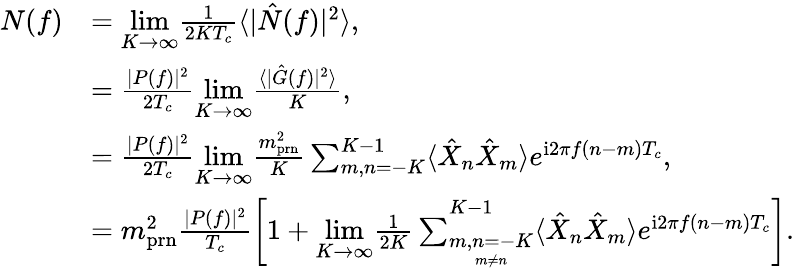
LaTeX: \begin{array}{rl}{N(f)}&{=\underset{K\rightarrow\infty}{\mathrm{lim}}\frac{1}{2KT_{c}}\langle|\hat{N}(f)|^{2}\rangle,}\\ &{=\frac{|P(f)|^{2}}{2T_{c}}\underset{K\rightarrow\infty}{\mathrm{lim}}\frac{\langle|\hat{G}(f)|^{2}\rangle}{K},}\\ &{=\frac{|P(f)|^{2}}{2T_{c}}\underset{K\rightarrow\infty}{\mathrm{lim}}\frac{m_{\mathrm{prn}}^{2}}{K}\sum_{m,n=-K}^{K-1}\langle\hat{X}_{n}\hat{X}_{m}\rangle e^{\mathrm{i}2\pi f(n-m)T_{c}},}\\ &{=m_{\mathrm{prn}}^{2}\frac{|P(f)|^{2}}{T_{c}}\left[1+\underset{K\rightarrow\infty}{\mathrm{lim}}\frac{1}{2K}\sum_{\underset{m\neq n}{m,n=-K}}^{K-1}\langle\hat{X}_{n}\hat{X}_{m}\rangle e^{\mathrm{i}2\pi f(n-m)T_{c}}\right].}\end{array}